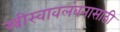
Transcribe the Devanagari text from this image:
स्त्रीस्वावलंबनासाठी